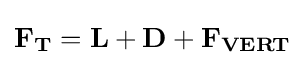
\mathbf {F_{T}} =\mathbf {L} +\mathbf {D} +\mathbf {F_{VERT}}